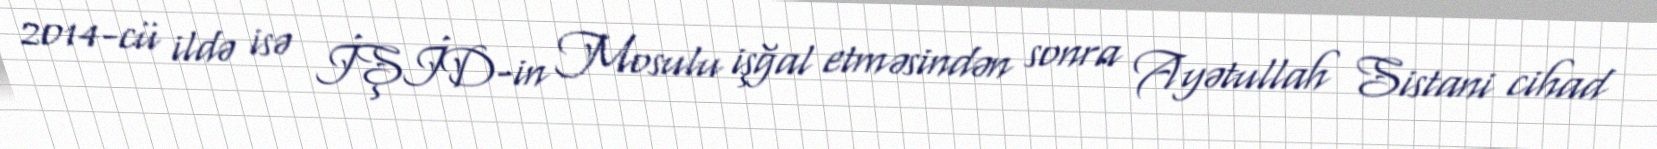
2014-cü ildə isə İŞİD-in Mosulu işğal etməsindən sonra Ayətullah Sistani cihad